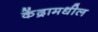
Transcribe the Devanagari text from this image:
केंद्रामधील